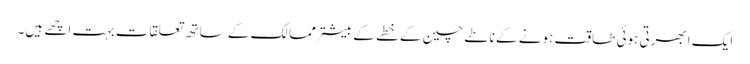
ایک ابھرتی ہوئی طاقت ہونے کے ناطے چین کے خطے کے بیشتر ممالک کے ساتھ تعلقات بہت اچھے ہیں۔